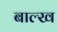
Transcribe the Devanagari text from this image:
बाल्ख